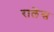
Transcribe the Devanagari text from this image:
रालेंस